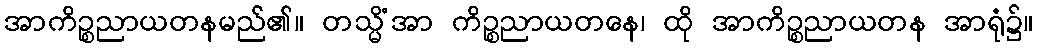
အာကိဉ္စညာယတနမည်၏။ တသ္မိံအာ ကိဉ္စညာယတနေ၊ ထို အာကိဉ္စညာယတန အာရုံ၌။